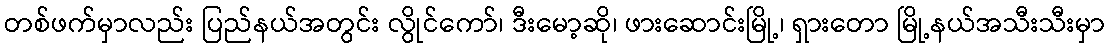
တစ်ဖက်မှာလည်း ပြည်နယ်အတွင်း လွိုင်ကော်၊ ဒီးမော့ဆို၊ ဖားဆောင်းမြို့၊ ရှားတော မြို့နယ်အသီးသီးမှာ